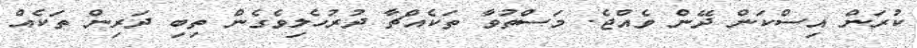
ކުރަން އިސްކަަން ދޭން ވެއްޖެ. މަސްތުވާ ތަކެއްޗާ ދުރުހެލިވެގެން ތިބި ދަރިން ތަކެއް